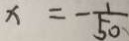
x = - \frac { 1 } { 5 0 }